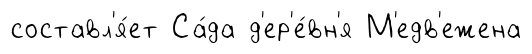
составл'я́ет Са́да д'ер'е́вн'я М'едв'ежена